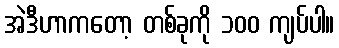
အဲဒီဟာကတော့ တစ်ခုကို ၁၀၀ ကျပ်ပါ။